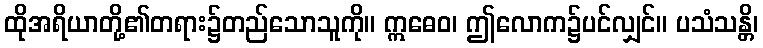
ထိုအရိယာတို့၏တရား၌တည်သောသူကို။ ဣဓေဝ၊ ဤလောက၌ပင်လျှင်။ ပသံသန္တိ၊